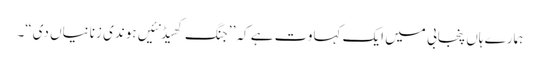
ہمارے ہاں پنجابی میں ایک کہاوت ہے کہ’ ’جنگ کھیڈ نئیں ہوندی زنانیاں دی“۔